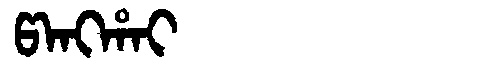
Manchu: ᡦᠠᠩᡥᠠᡳ
Romanization: PANGHAI